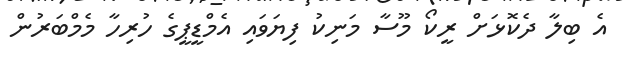
އެ ބިލާ ދެކޮޅަށް ރީކޯ މޫސާ މަނިކު ފިޔަވައި އެމްޑީޕީގެ ހުރިހާ މެމްބަރުން